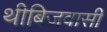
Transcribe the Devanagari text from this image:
थीबिज़वासी